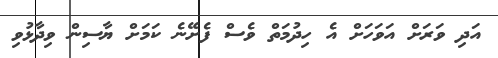
އަދި ވަރަށް އަވަހަށް އެ ހިދުމަތް ވެސް ފެށޭނެ ކަމަށް ޔާސިން ވިދާޅުވި